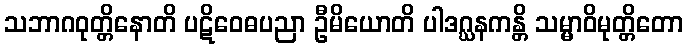
သဘာဂဝုတ္တိနောတိ ပဋိဝေဓပညာ ဦမိယောတိ ပါဒဂ္ဃနကန္တိ သမ္မာဝိမုတ္တိတော